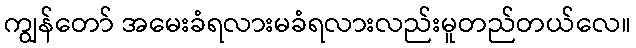
ကျွန်တော် အမေးခံရလားမခံရလားလည်းမူတည်တယ်လေ။